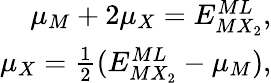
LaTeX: \begin{array}{r}{\mu_{M}+2\mu_{X}=E_{MX_{2}}^{ML},}\\ {\mu_{X}=\frac{1}{2}(E_{MX_{2}}^{ML}-\mu_{M}),}\end{array}